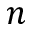
n